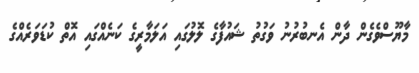
މާޔޫސްވެގެން ދާން އެނބުރުނު ވަގުތު ޝައުފާގެ ލޮލުގައި އަލަމާރީގެ ކަނެއްގައި އޮތް ކުޑަވަރެއްގެ